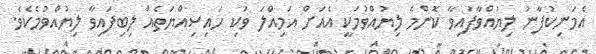
އެމަނިކުފާނު ލިޔުއްވާފައިވާ ކޮންމެ ލިޔުއްވުމަކީ އެއަށް އަމިއްލަ ވަކި ހައިސިއްޔަތެއް ލިބިފައިވާ ލިޔުއްވުމެކެވެ.